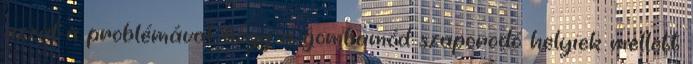
azzal a problémával, hogy a gombamód szaporodó helyiek mellett